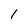
Character: 1